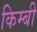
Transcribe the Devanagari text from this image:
किम्बी